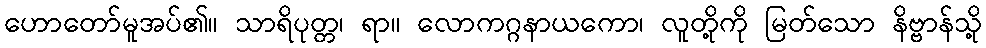
ဟောတော်မူအပ်၏။ သာရိပုတ္တ၊ ရာ။ လောကဂ္ဂနာယကော၊ လူတို့ကို မြတ်သော နိဗ္ဗာန်သို့